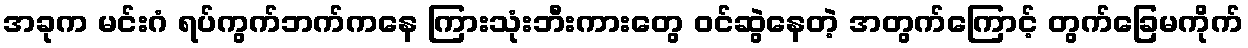
အခုက မင်းဂံ ရပ်ကွက်ဘက်ကနေ ကြားသုံးဘီးကားတွေ ဝင်ဆွဲနေတဲ့ အတွက်ကြောင့် တွက်ခြေမကိုက်